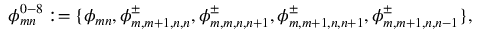
\phi _ { m n } ^ { 0 - 8 } : = \{ \phi _ { m n } , \phi _ { m , m + 1 , n , n } ^ { \pm } , \phi _ { m , m , n , n + 1 } ^ { \pm } , \phi _ { m , m + 1 , n , n + 1 } ^ { \pm } , \phi _ { m , m + 1 , n , n - 1 } ^ { \pm } \} ,